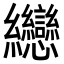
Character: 纞